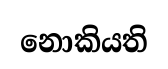
නොකියති